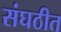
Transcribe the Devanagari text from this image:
संघठीत